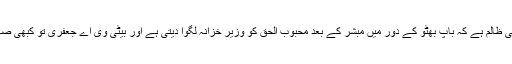
اس سے بھی بڑھ کر ڈیپ اسٹیٹ اتنی ظالم ہے کہ باپ بھٹو کے دور میں مبشر کے بعد محبوب الحق کو وزیر خزانہ لگوا دیتی ہے اور بیٹی وی اے جعفری تو کبھی صاحبزادہ یعقوب پر اصرار کرتی ہے۔